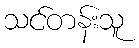
သင်တန်းသူ